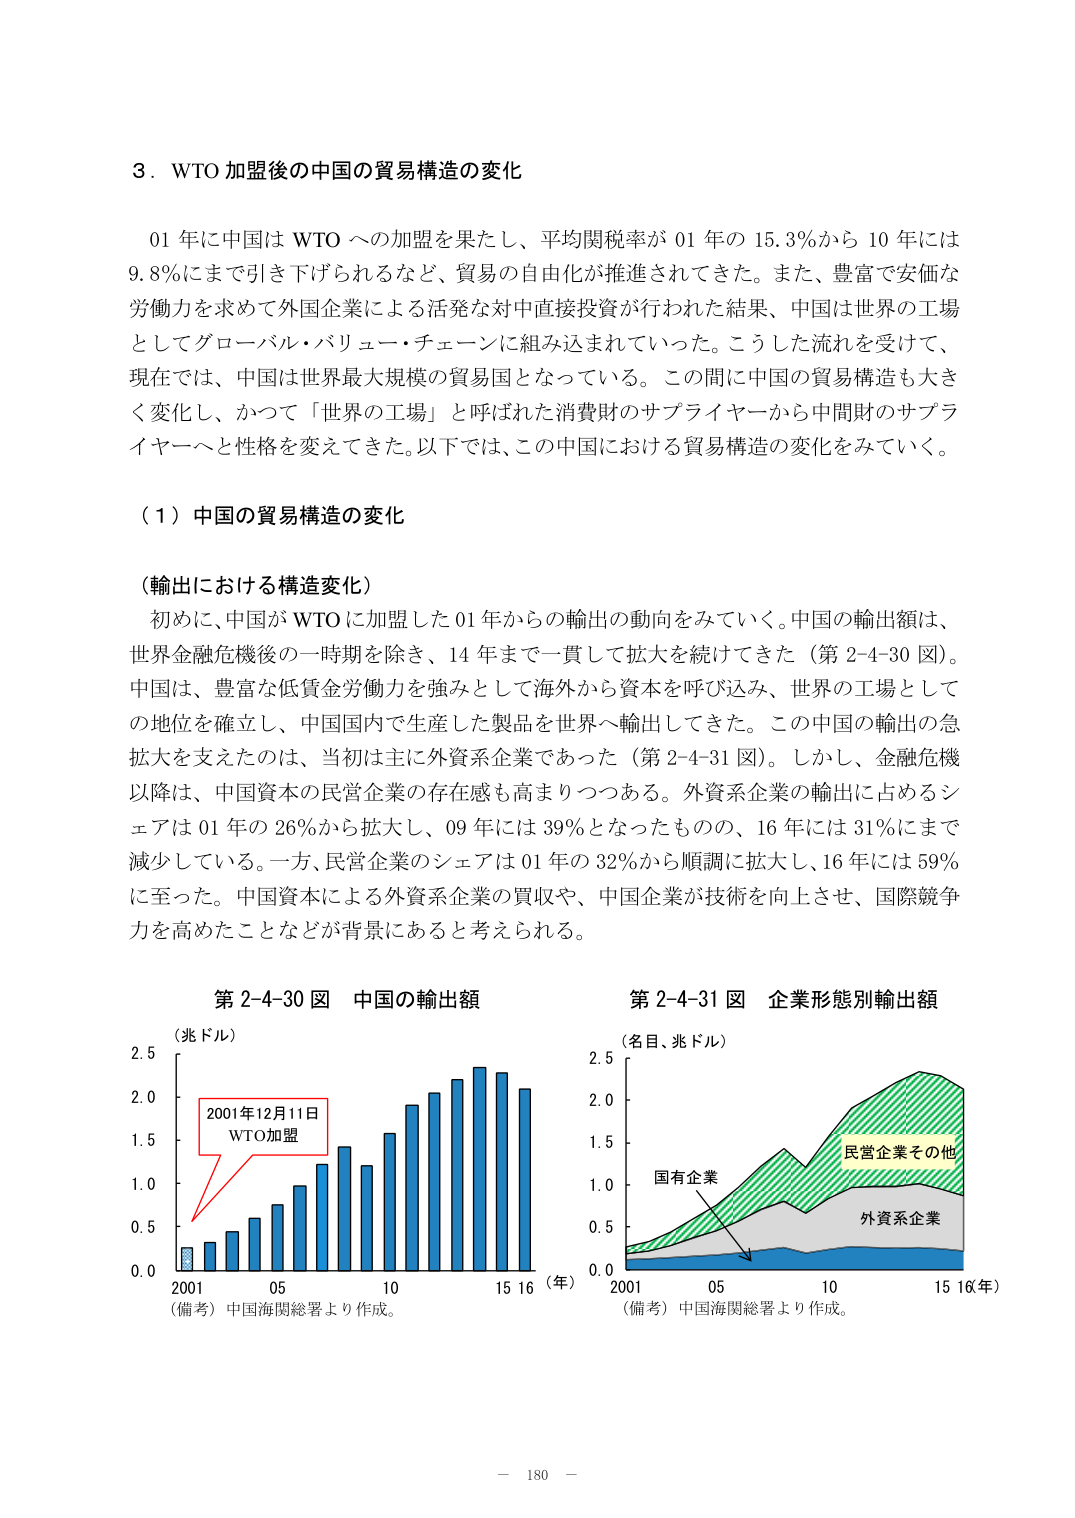
3．WTO 加盟後の中国の貿易構造の変化

01 年に中国は WTO への加盟を果たし、平均関税率が 01 年の 15.3％から 10 年には 9.8％にまで引き下げられるなど、貿易の自由化が推進されてきた。また、豊富で安価な労働力を求めて外国企業による活発な対中直接投資が行われた結果、中国は世界の工場としてグローバル・バリュー・チェーンに組み込まれていった。こうした流れを受けて、現在では、中国は世界最大規模の貿易国となっている。この間に中国の貿易構造も大きく変化し、かつて「世界の工場」と呼ばれた消費財のサプライヤーから中間財のサプライヤーへと性格を変えてきた。以下では、この中国における貿易構造の変化をみていく。

（1）中国の貿易構造の変化

（輸出における構造変化）

初めに、中国が WTO に加盟した 01 年からの輸出の動向をみていく。中国の輸出額は、世界金融危機後の一時期を除き、14 年まで一貫して拡大を続けてきた（第 2-4-30 図）。中国は、豊富な低賃金労働力を強みとして海外から資本を呼び込み、世界の工場としての地位を確立し、中国国内で生産した製品を世界へ輸出してきた。この中国の輸出の急拡大を支えたのは、当初は主に外資系企業であった（第 2-4-31 図）。しかし、金融危機以降は、中国資本の民営企業の存在感も高まりつつある。外資系企業の輸出に占めるシェアは 01 年の 26％から拡大し、09 年には 39％となったものの、16 年には 31％にまで減少している。一方、民営企業のシェアは 01 年の 32％から順調に拡大し、16 年には 59％に至った。中国資本による外資系企業の買収や、中国企業が技術を向上させ、国際競争力を高めたことなどが背景にあると考えられる。

第 2-4-30 図 中国の輸出額
（兆ドル）
2.5
2.0
1.5
1.0
0.5
0.0
2001 05 10 15 16（年）
（備考）中国海関総署より作成。

第 2-4-31 図 企業形態別輸出額
（名目、兆ドル）
2.5
2.0
1.5
1.0
0.5
0.0
2001 05 10 15 16（年）
（備考）中国海関総署より作成。

2001年12月11日
WTO加盟

国有企業
外資系企業
民営企業その他

－ 180 －